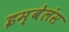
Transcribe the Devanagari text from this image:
इम्बेलंस